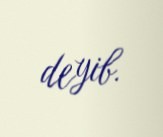
deyib.